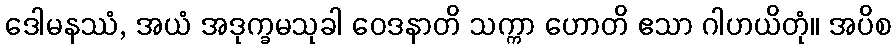
ဒေါမနဿံ, အယံ အဒုက္ခမသုခါ ဝေဒနာတိ သက္ကာ ဟောတိ ဧသာ ဂါဟယိတုံ။ အပိစ